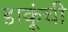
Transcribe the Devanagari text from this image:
डाकूंची